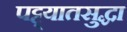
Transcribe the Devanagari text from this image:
पट्ट्यातसुद्धा